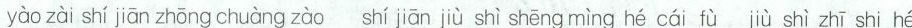
yào zài shí jiān zhōng chuàng zào shí jiān jiù shì shēng mìng hé cái fù jiù shì zhī shi hé